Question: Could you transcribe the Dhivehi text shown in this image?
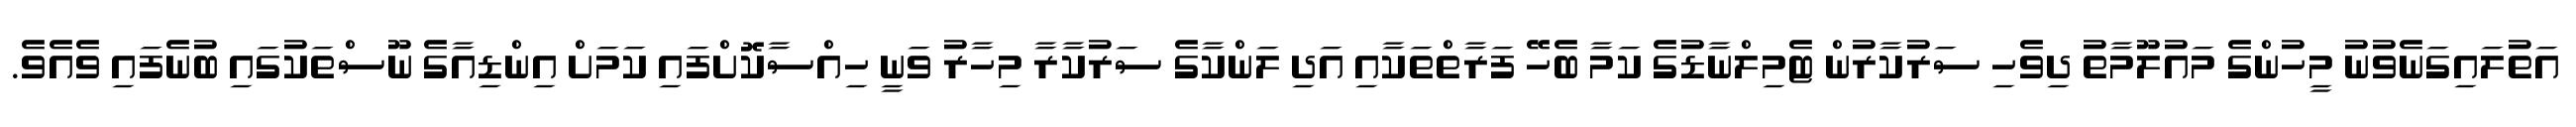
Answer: އަތުލައިގަނެވުނު މީހުންގެ މައުލޫމާތު ދިވެހި ސަރުކާރުން ޓެމިލްނާޑުގެ ކަމާ ބެހޭ ފަރާތްތަކާއި އަދި ލަންކާގެ ސަރުކާރާ މިހާރު ވަނީ ހިއްސާކޮށްފައި ކަމަށް އިންޑިއާގެ ނޫސްތަކުގައި ބުނެފައި ވެއެވެ.